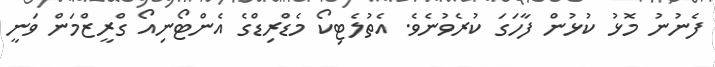
ފެނުނު މޮޅު ކުޅުން ފާހަގަ ކުރެވުނެވެ. އެތުލެޓިކޯ މެޑްރިޑްގެ އެންޓޯނިއޯ ގްރީޒްމަން ވަނީ